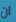
ان